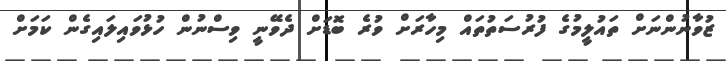
ޒުވާނުންނަށް ތައުލީމުގެ ފުރުސަތުތައް މިހާރަށް ވުރެ ބޮޑަށް ދެވޭނީ ވިސްނުން ހުޅުވައިލައިގެން ކަމަށް